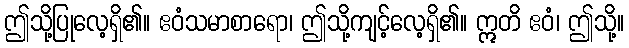
ဤသို့ပြုလေ့ရှိ၏။ ဧဝံသမာစာရော၊ ဤသို့ကျင့်လေ့ရှိ၏။ ဣတိ ဧဝံ၊ ဤသို့။